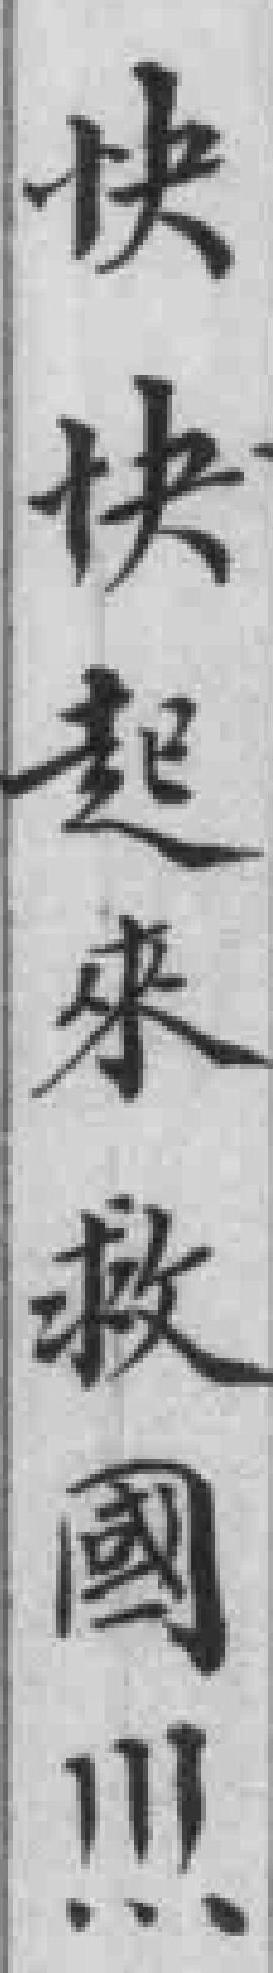
快快起來救國！！！